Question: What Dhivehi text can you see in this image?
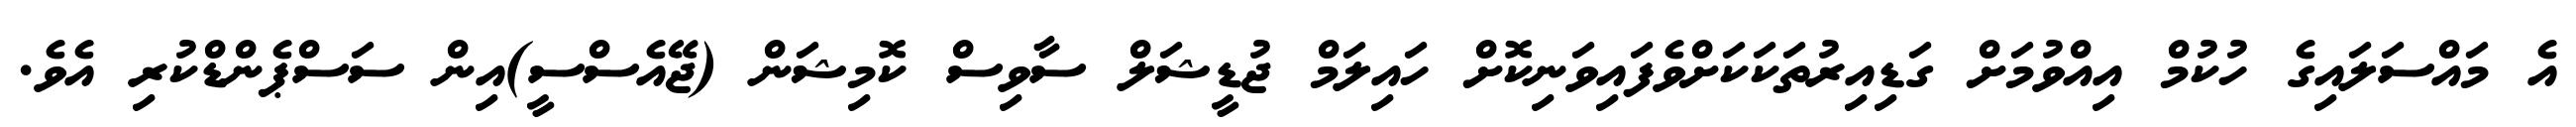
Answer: އެ މައްސަލައިގެ ހުކުމް އިއްވުމަށް ގަޑިއިރުތަކަކަށްވެފައިވަނިކޮށް ހައިލަމް ޖުޑީޝަލް ސާވިސް ކޮމިޝަން (ޖޭއެސްސީ)އިން ސަސްޕެންޑްކުރި އެވެ.